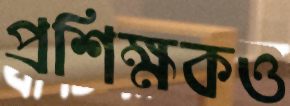
প্রশিক্ষকও